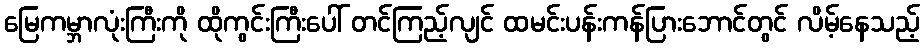
မြေကမ္ဘာလုံးကြီးကို ထိုကွင်းကြီးပေါ် တင်ကြည့်လျင် ထမင်းပန်းကန်ပြားဘောင်တွင် လိမ့်နေသည့်